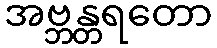
အဗ္ဘန္တရတော